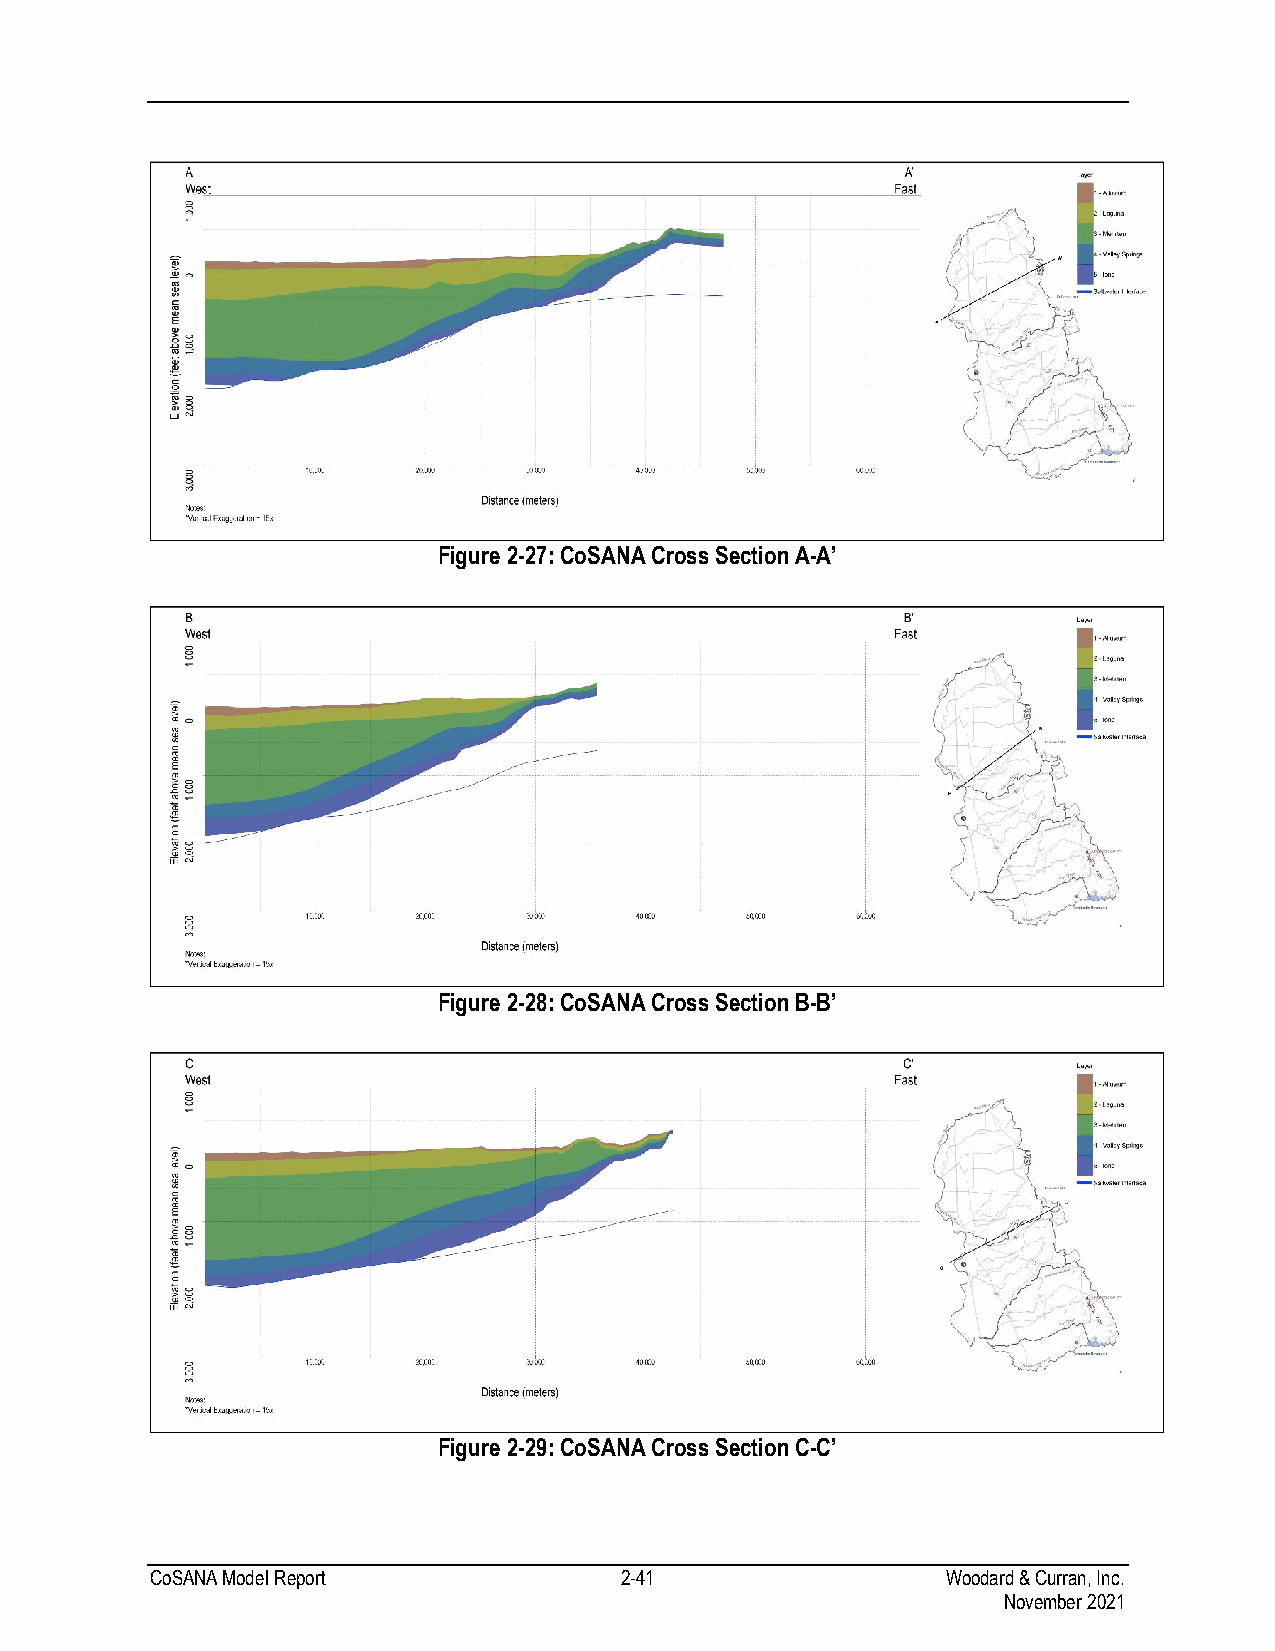
Figure 2-27: CoSANA Cross Section A-A’
 Figure 2-28: CoSANA Cross Section B-B’
 Figure 2-29: CoSANA Cross Section C-C’
 CoSANA Model Report            2-41                  Woodard & Curran, Inc.
 November 2021